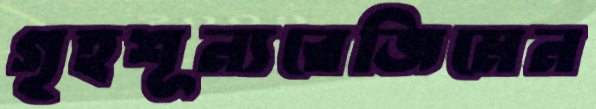
গৃহশূন্যরেজিমেন